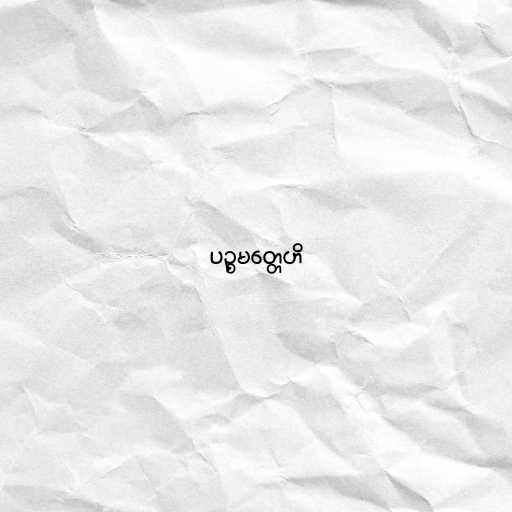
ပဉ္စမတ္တေဟိ